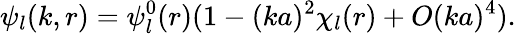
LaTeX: \psi_{l}(k,r)=\psi_{l}^{0}(r)(1-(ka)^{2}\chi_{l}(r)+O(ka)^{4}).